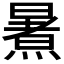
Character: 𭧶